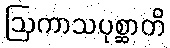
ဩကာသပုစ္ဆာတိ